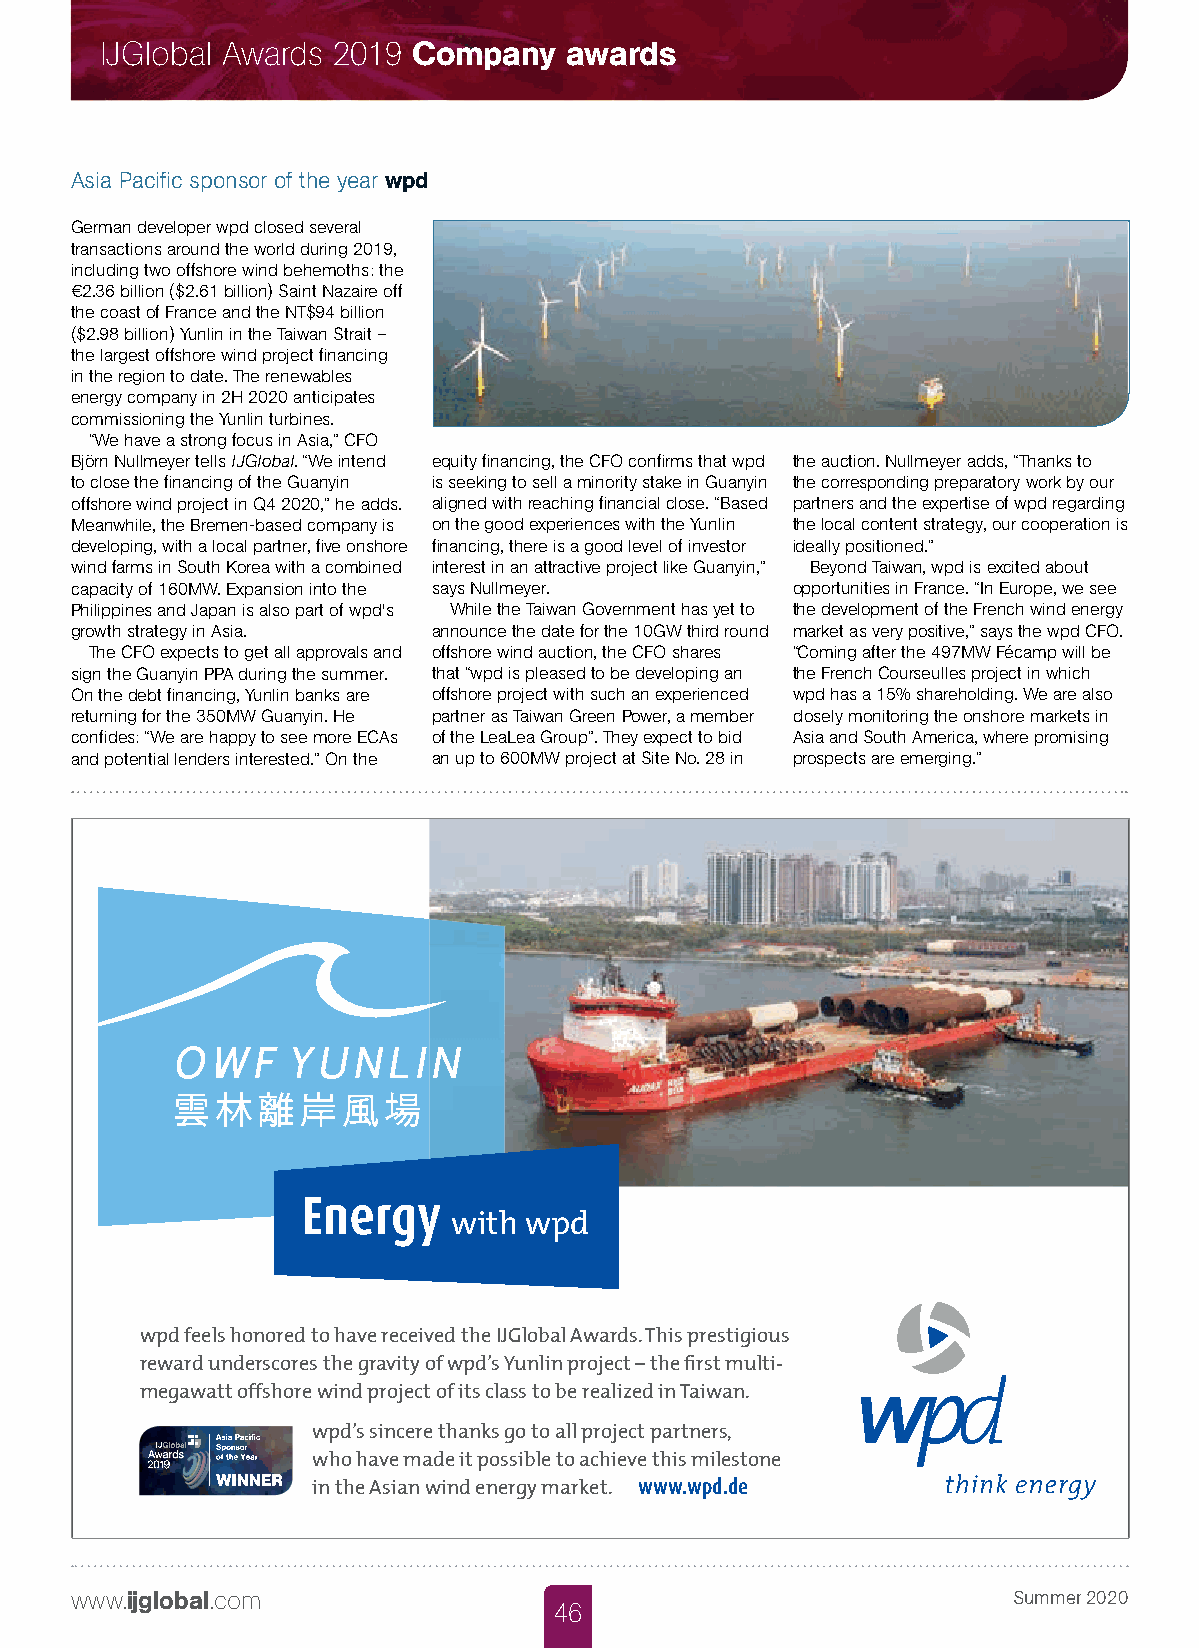
IJGlobal Awards 2019 Company  awards
 Asia Pacific sponsor of the year wpd
 German developer wpd closed several
 transactions around the world during 2019,
 including two offshore wind behemoths: the
 €2.36 billion ($2.61 billion) Saint Nazaire off
 the coast of France and the NT$94 billion
 ($2.98 billion) Yunlin in the Taiwan Strait –
 the largest offshore wind project financing
 in the region to date. The renewables
 energy company in 2H 2020 anticipates
 commissioning the Yunlin turbines.
 “We have a strong focus in Asia,” CFO
 Björn Nullmeyer tells IJGlobal. “We intend equity financing, the CFO confirms that wpd the auction. Nullmeyer adds, “Thanks to
 to close the financing of the Guanyin is seeking to sell a minority stake in Guanyin the corresponding preparatory work by our
 offshore wind project in Q4 2020,” he adds. aligned with reaching financial close. “Based partners and the expertise of wpd regarding
 Meanwhile, the Bremen-based company is on the good experiences with the Yunlin the local content strategy, our cooperation is
 developing, with a local partner, five onshore financing, there is a good level of investor ideally positioned.”
 wind farms in South Korea with a combined interest in an attractive project like Guanyin,” Beyond Taiwan, wpd is excited about
 capacity of 160MW. Expansion into the says Nullmeyer. opportunities in France. “In Europe, we see
 Philippines and Japan is also part of wpd's While the Taiwan Government has yet to the development of the French wind energy
 growth strategy in Asia. announce the date for the 10GW third round market as very positive,” says the wpd CFO.
 The CFO expects to get all approvals and offshore wind auction, the CFO shares “Coming after the 497MW Fécamp will be
 sign the Guanyin PPA during the summer. that “wpd is pleased to be developing an the French Courseulles project in which
 On the debt financing, Yunlin banks are offshore project with such an experienced wpd has a 15% shareholding. We are also
 returning for the 350MW Guanyin. He partner as Taiwan Green Power, a member closely monitoring the onshore markets in
 confides: “We are happy to see more ECAs of the LeaLea Group”. They expect to bid Asia and South America, where promising
 and potential lenders interested.” On the an up to 600MW project at Site No. 28 in prospects are emerging.”
 Energy
 with wpd
 wpd feels honored to have received the IJGlobal Awards. This prestigious
 reward underscores the gravity of wpd’s Yunlin project – the fi rst multi-
 megawatt offshore wind project of its class to be realized in Taiwan.
 wpd’s sincere thanks go to all project partners,
 who have made it possible to achieve this milestone
 in the Asian wind energy market. www.wpd.de
 www.ijglobal.com                                              Summer 2020
 46